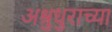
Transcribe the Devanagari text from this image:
अश्रुधुराच्या